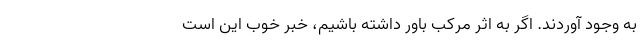
به وجود آوردند. اگر به اثر مرکب باور داشته باشیم، خبر خوب این است